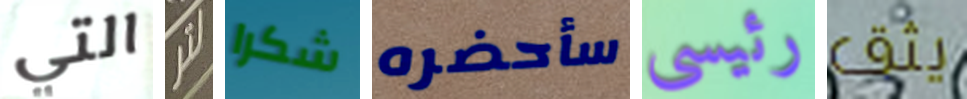
التي لتر شكرا سأحضره رئيسى يثق